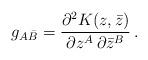
LaTeX: \begin{align*}g_{A\bar B} = \frac{\partial^2 K(z,\bar z)}{\partial z^A\,\partial\bar z^B} \,.\end{align*}